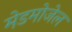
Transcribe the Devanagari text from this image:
मेडमोजेल